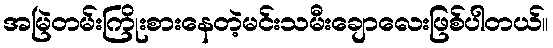
အမြဲတမ်းကြိုးစားနေတဲ့မင်းသမီးချောလေးဖြစ်ပါတယ်။